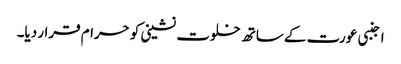
اجنبی عورت کے ساتھ خلوت نشینی کو حرام قرار دیا۔